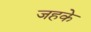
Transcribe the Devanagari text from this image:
जहके